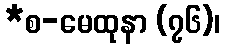
*စ-မေထုနာ (၇၆)၊